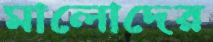
মালোদের